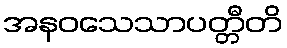
အနဝသေသာပတ္တီတိ